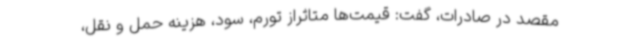
مقصد در صادرات، گفت: قیمت‌ها متاثراز تورم، سود، هزینه حمل و نقل،